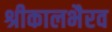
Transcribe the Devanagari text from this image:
श्रीकालभैरव